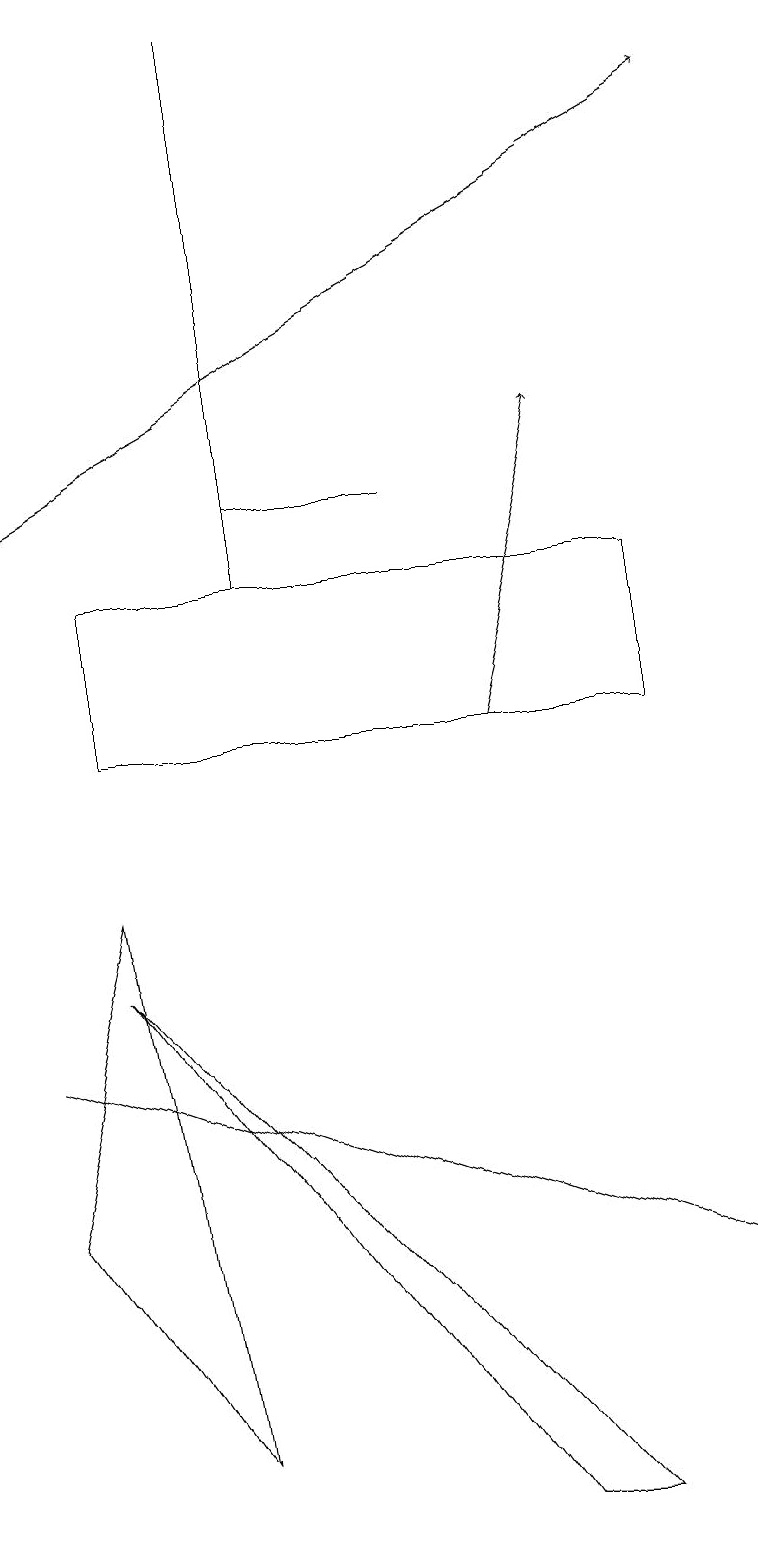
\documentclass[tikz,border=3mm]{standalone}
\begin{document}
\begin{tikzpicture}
\draw (1,8) -- (0,4) -- (2,1) -- cycle;
\draw (0,6) -- (0,6) -- (9,3) -- cycle;
\draw[->] (6,10) -- (7,14);
\draw (3,19) rectangle (3,12);
\draw (8,12) rectangle (1,10);
\draw (7,0) -- (1,7) -- (6,0) -- cycle;
\draw[->] (0,13) -- (9,18);
\draw (3,13) rectangle (5,13);
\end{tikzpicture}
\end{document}